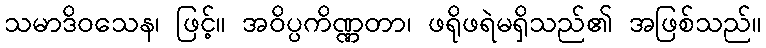
သမာဒိဝသေန၊ ဖြင့်။ အဝိပ္ပကိဏ္ဏတာ၊ ဖရိုဖရဲမရှိသည်၏ အဖြစ်သည်။